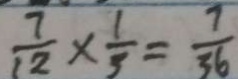
\frac { 7 } { 1 2 } \times \frac { 1 } { 3 } = \frac { 7 } { 3 6 }